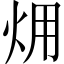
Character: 㶲